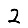
Digit: 2